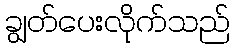
ချွတ်ပေးလိုက်သည်